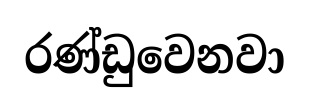
රණ්ඩුවෙනවා